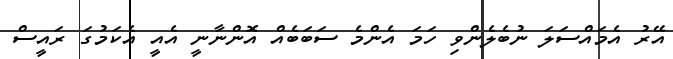
އޭރު އެމައްސަލަ ނުބެލެންވި ހަމަ އެންމެ ސަބަބެއް އޮންނާނީ އެއީ އެކަމުގަ ރައީސް